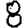
Digit: 8